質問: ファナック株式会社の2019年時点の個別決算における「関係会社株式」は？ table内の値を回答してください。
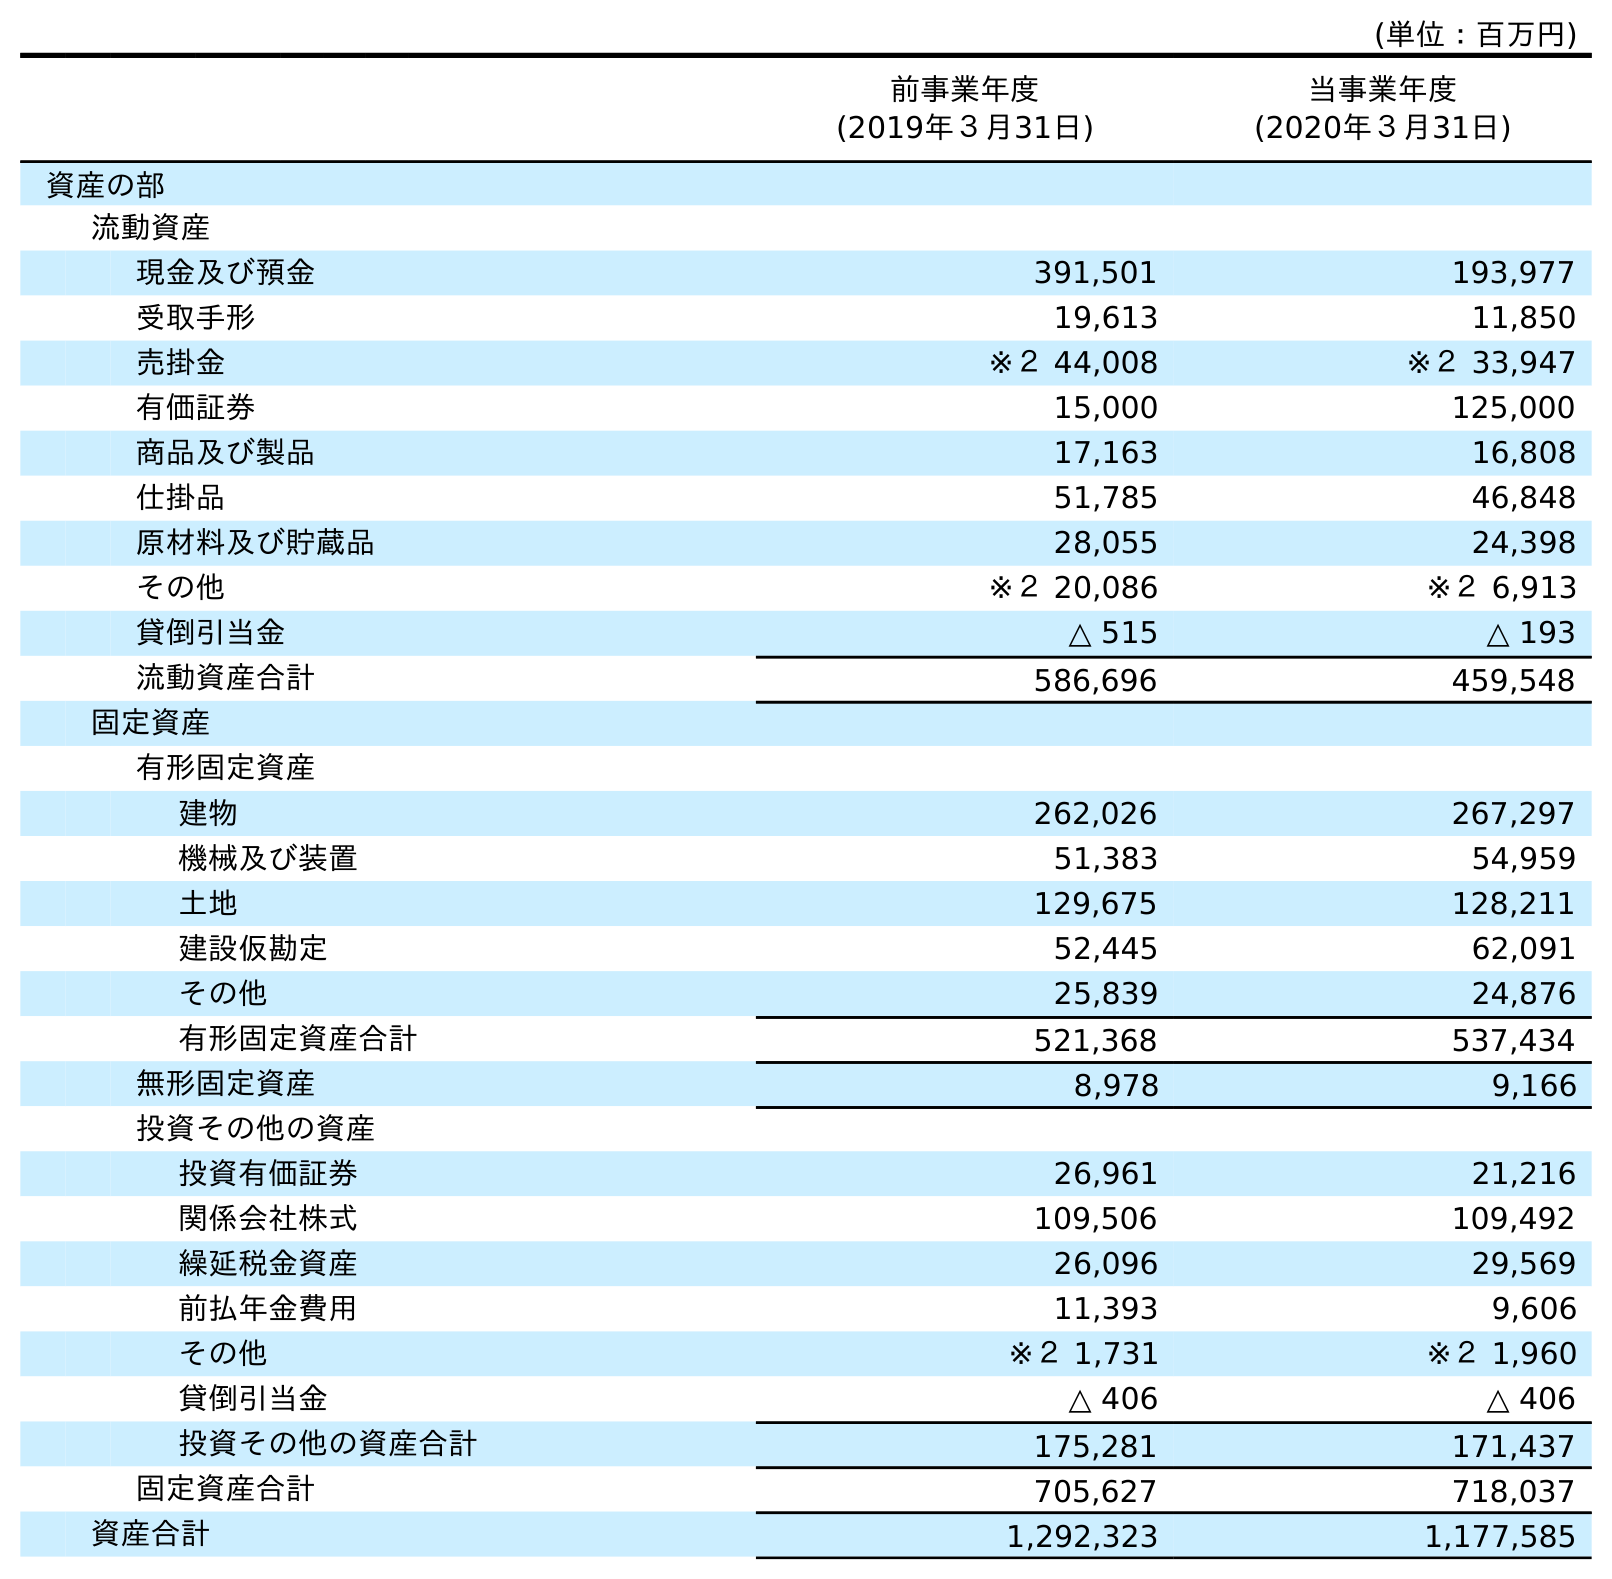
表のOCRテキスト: (単位：百万円) 前事業年度 (2019年３月31日) 当事業年度 (2020年３月31日) 資産の部 流動資産 現金及び預金 391,501 193,977 受取手形 19,613 11,850 売掛金 ※２ 44,008 ※２ 33,947 有価証券 15,000 125,000 商品及び製品 17,163 16,808 仕掛品 51,785 46,848 原材料及び貯蔵品 28,055 24,398 その他 ※２ 20,086 ※２ 6,913 貸倒引当金 △ 515 △ 193 流動資産合計 586,696 459,548 固定資産 有形固定資産 建物 262,026 267,297 機械及び装置 51,383 54,959 土地 129,675 128,211 建設仮勘定 52,445 62,091 その他 25,839 24,876 有形固定資産合計 521,368 537,434 無形固定資産 8,978 9,166 投資その他の資産 投資有価証券 26,961 21,216 関係会社株式 109,506 109,492 繰延税金資産 26,096 29,569 前払年金費用 11,393 9,606 その他 ※２ 1,731 ※２ 1,960 貸倒引当金 △ 406 △ 406 投資その他の資産合計 175,281 171,437 固定資産合計 705,627 718,037 資産合計 1,292,323 1,177,585
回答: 109,506